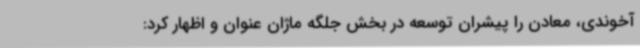
آخوندی، معادن را پیشران توسعه در بخش جلگه ماژان عنوان و اظهار کرد: